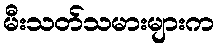
မီးသတ်သမားများက